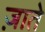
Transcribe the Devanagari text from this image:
ज़ाते